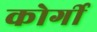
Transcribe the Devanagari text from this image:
कोर्गी